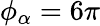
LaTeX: \phi_{\alpha}=6\pi